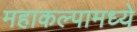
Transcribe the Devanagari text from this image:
महाकल्पामध्ये